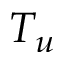
T _ { u }